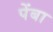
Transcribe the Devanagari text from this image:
पेंबा